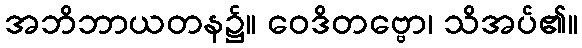
အဘိဘာယတန၌။ ဝေဒိတဗ္ဗော၊ သိအပ်၏။